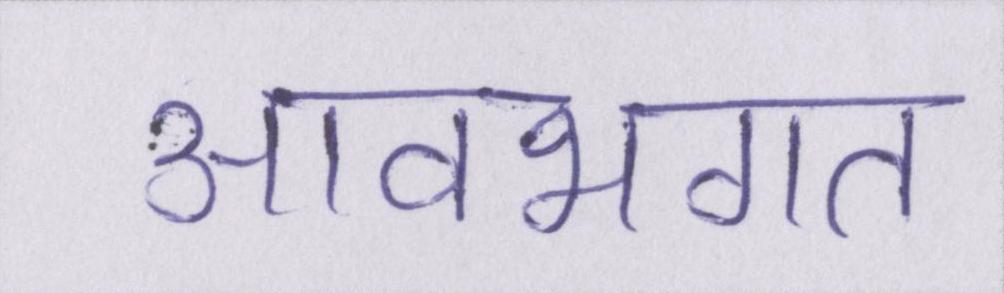
आवभगत